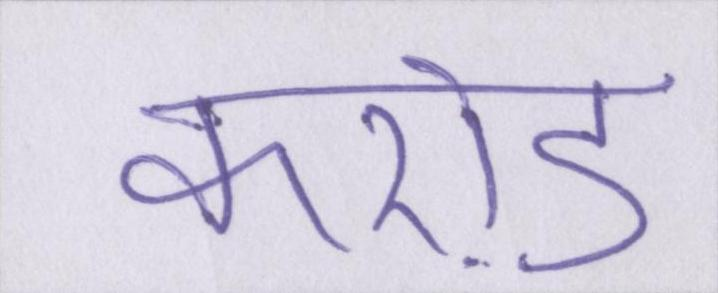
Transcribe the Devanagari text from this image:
करो़ड